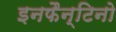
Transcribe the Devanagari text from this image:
इनफैन्टिनो